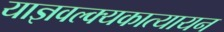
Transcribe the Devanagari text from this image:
याज्ञवल्क्यकात्यायन